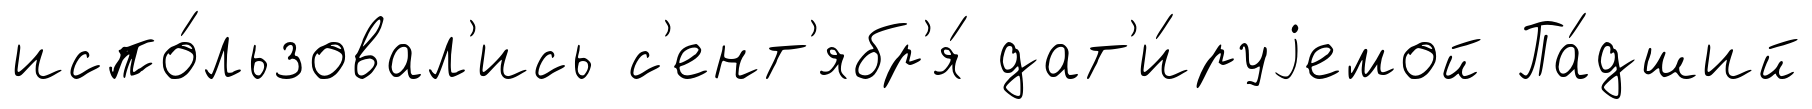
испо́льзовал'ись с'ент'ябр'я́ дат'и́руjемой Па́дший